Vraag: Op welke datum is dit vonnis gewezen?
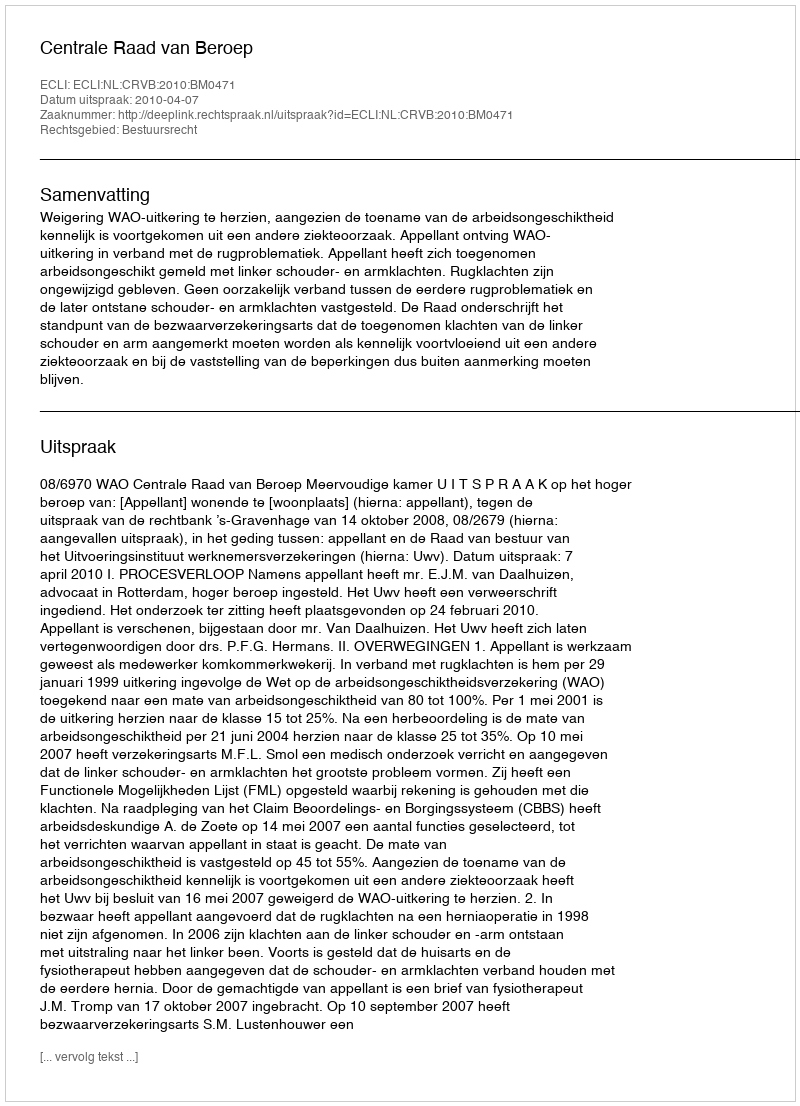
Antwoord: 2010-04-07